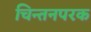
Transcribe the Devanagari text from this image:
चिन्तनपरक